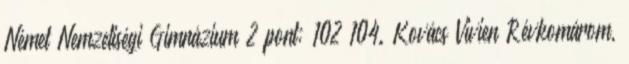
Német Nemzetiségi Gimnázium 2 pont; 102–104. Kovács Vivien Révkomárom,